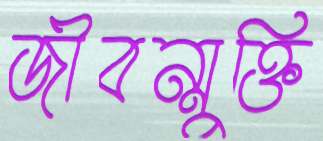
জীবন্মুক্তি